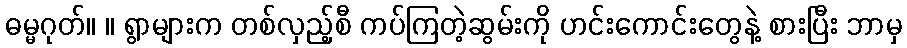
ဓမ္မဂုတ်။ ။ ရွာများက တစ်လှည့်စီ ကပ်ကြတဲ့ဆွမ်းကို ဟင်းကောင်းတွေနဲ့ စားပြီး ဘာမှ